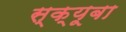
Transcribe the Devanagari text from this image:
स्क्यूबा